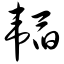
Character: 韬